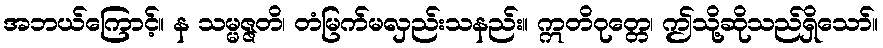
အဘယ်ကြောင့်။ န သမ္မဇ္ဇတိ၊ တံမြက်မလှည်းသနည်း။ ဣတိဝုတ္တေ၊ ဤသို့ဆိုသည်ရှိသော်။